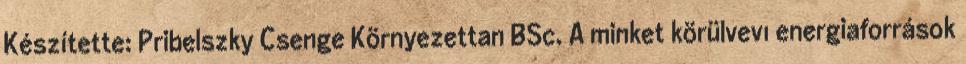
Készítette: Pribelszky Csenge Környezettan BSc. A minket körülvevı energiaforrások